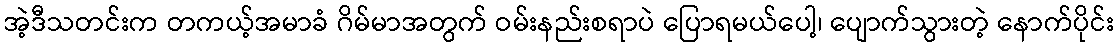
အဲ့ဒီသတင်းက တကယ့်အမာခံ ဂိမ်မာအတွက် ဝမ်းနည်းစရာပဲ ပြောရမယ်ပေါ့၊ ပျောက်သွားတဲ့ နောက်ပိုင်း